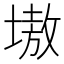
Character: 𡏼